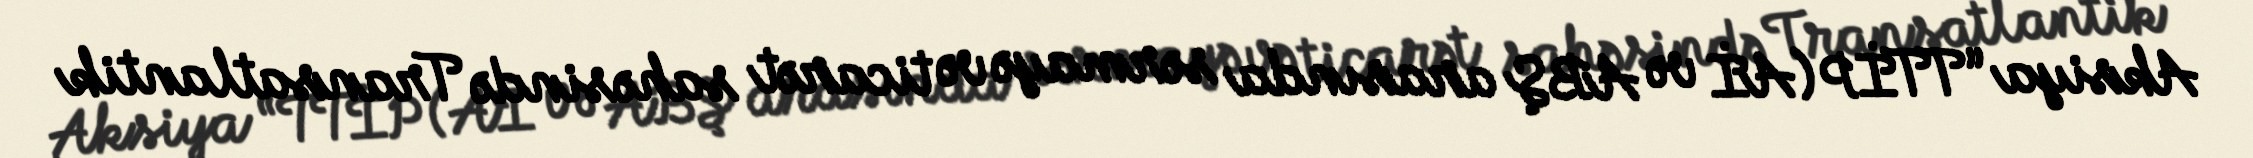
Aksiya “TTİP (Aİ və ABŞ arasında sərmayə və ticarət sahəsində Transatlantik